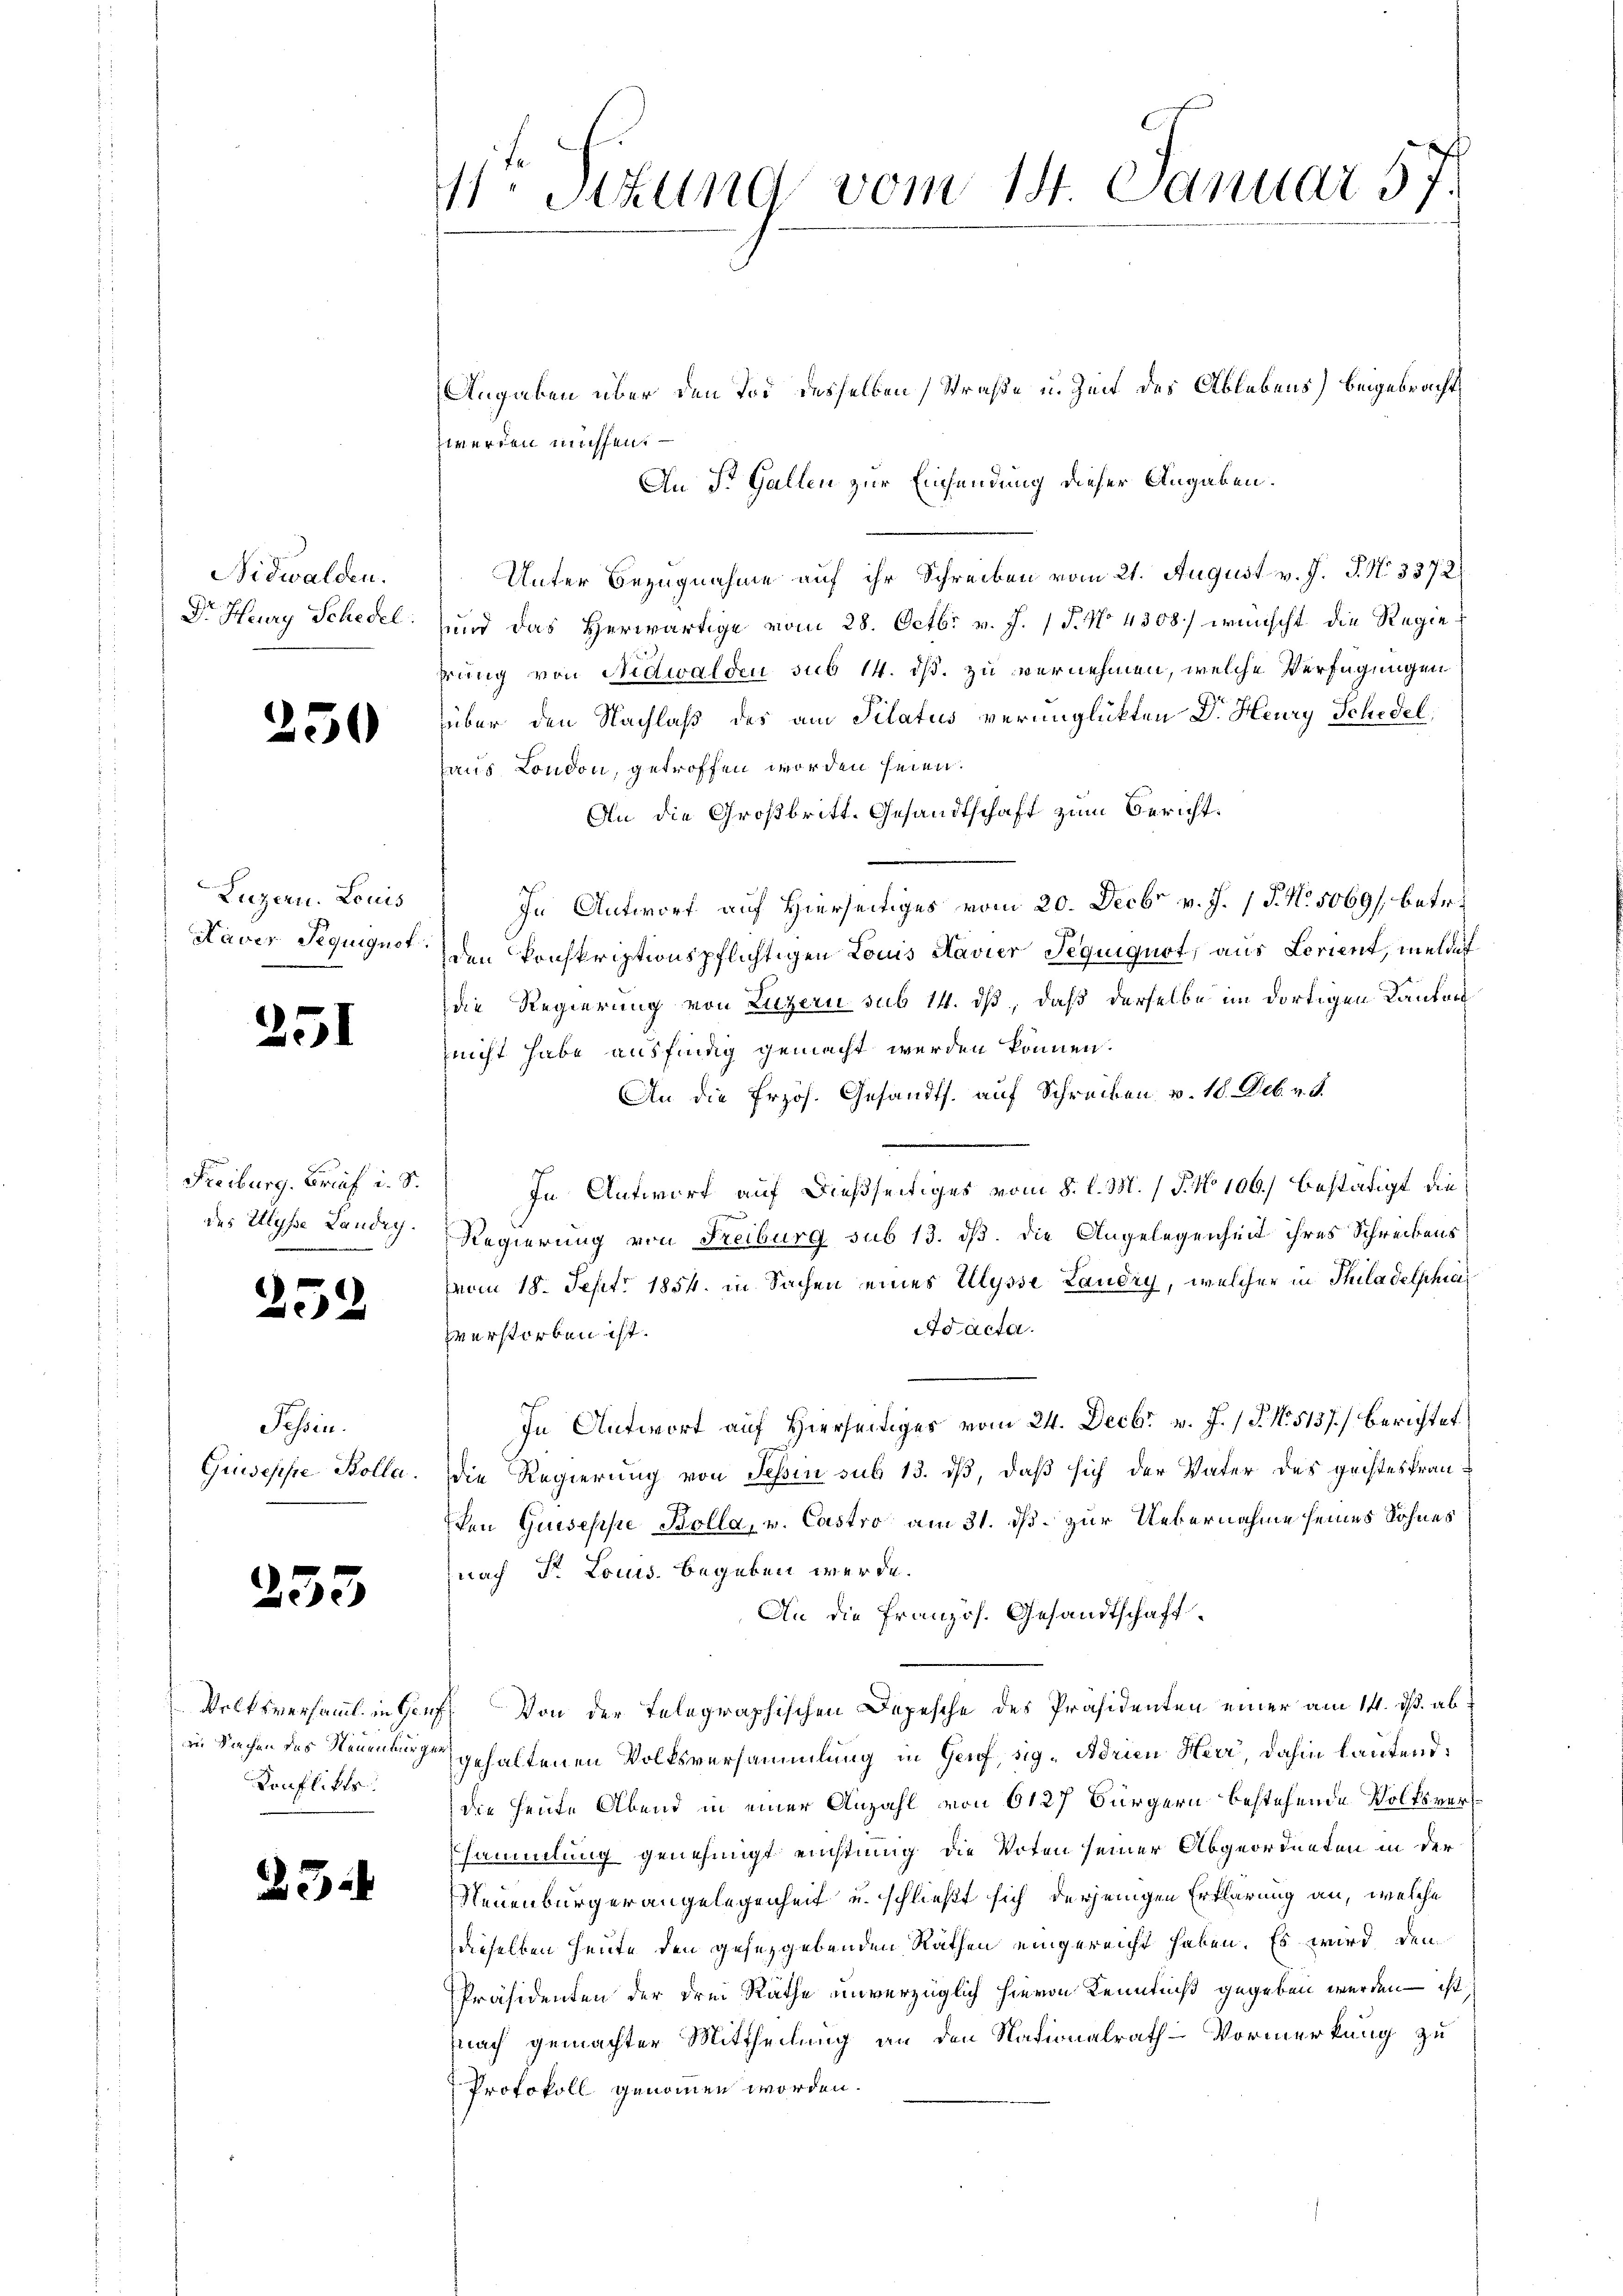
Nidwalden.
Dr. Heury Schedel

.

.

250

5

155

1

Luzern. Louis
Kaver Seguignot.

Freiburg. Brief i. S.
des Ulysse Landig.

s

Tessin.
Guiseppe Bolle.

255

Konflikts.

23.

1. Situng vom 14. Januar 57.

Angaben über den Tod desselben Straße u. Zeit des Ablebens) beigebracht,
werden müssen. —
An St. Gallen zur Einsendung dieser Angaben.
Unter Bezugnahme auf ihr Schreiben vom 21. August v. J. J. No 3372)
sind das Herwärtige vom 28. Octbr. v. J. P. No 4308) wünscht die Regierrung von Nidwalden sub 14. ds. zu vernehmen, welche Verfügungen
über den Nachlaß des am Pilatus verunglückten Dr. Heury Schedel,
aus London, getroffen worden seien.
An die Großbritt. Gesandtschaft zum Bericht.
In Antwort auf Hierseitiges vom 20. Decbr v. J. 1 P. N. 5069) betr.
den konskriptionspflichtigen Louis Kavier Sequiquot aus Lerient, melde
die Regierung von Luzern sub 14. ds, daß derselbe im dortigen Kanton
eicht habe ausfindig gemacht werden können.
An die Przös. Gesandts. auf Schreiben v. 18. Deb. v. J.
In Antwort auf dießseitiges vom 8. l. M. (T. No 106.) Bestätigt die
Regierung von Freiburg sub 13. dß. die Angelegenheit ihres Schreibens
vvom 18. Sept. 1854. in Sachen eines Ulysse Landig, welcher in Thiladelphia
Ad acta.
verstorben ist.
In Antwort auf Hierseitiges vom 24. Decbr. v. J. 18. No 5137) berichtet
die Regierung von Tessin sub 13. ds, daß sich der Vater des geisteskranden Guseppe Bolla, u. Castro am 31. ds. zur Uebernahme seines Sohnes
nach Dr. Louis begeben werde.
An die Französ. Gesandtschaft
Volksversammt in Genf. Von der Telegraphischen Depesche des Präsidenten einer am 14. ds. abin Sachen des Neuenburg gehaltenen Volksversammlung in Genf, sig. Adrien Herr, dahin lautend:
die heute Abend in einer Anzahl von 6127 Bürgern bestehende Volksverssammlung genehmigt eichtung die Voten seiner Abgeordneten in der
Neuenburger angelegenheit u. schließt sich derjenigen Erklärung an, welche
dieselben heute den gesetzgebenden Räthen eingereicht haben. Es wird den
Präsidenten der drei Räthe unverzüglich hievon Kenntniß gegeben werden – ist
fnach gemachter Mittheilung an den Nationalrath Vormerkung zu
Protokoll genommen worden.